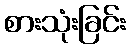
စားသုံးခြင်း